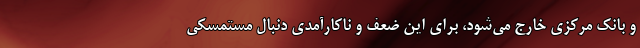
و بانک مرکزی خارج می‌شود، برای این ضعف و ناکارآمدی دنبال مستمسکی